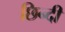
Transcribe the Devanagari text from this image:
छिन्दी